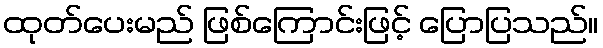
ထုတ်ပေးမည် ဖြစ်ကြောင်းဖြင့် ပြောပြသည်။